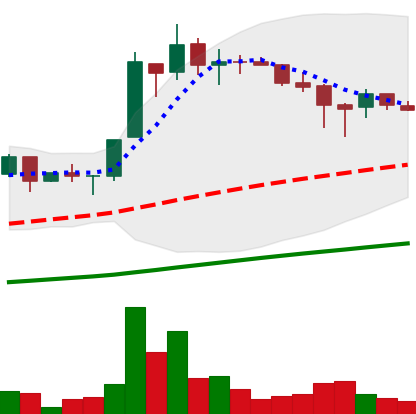
Ticker: LTC-USD
Chart end date: 2017-06-30
Forward return: 31.819%
Label: up_7plus